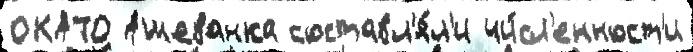
ОКАТО Ашеванка составл'я́л'и чи́сл'енност'и